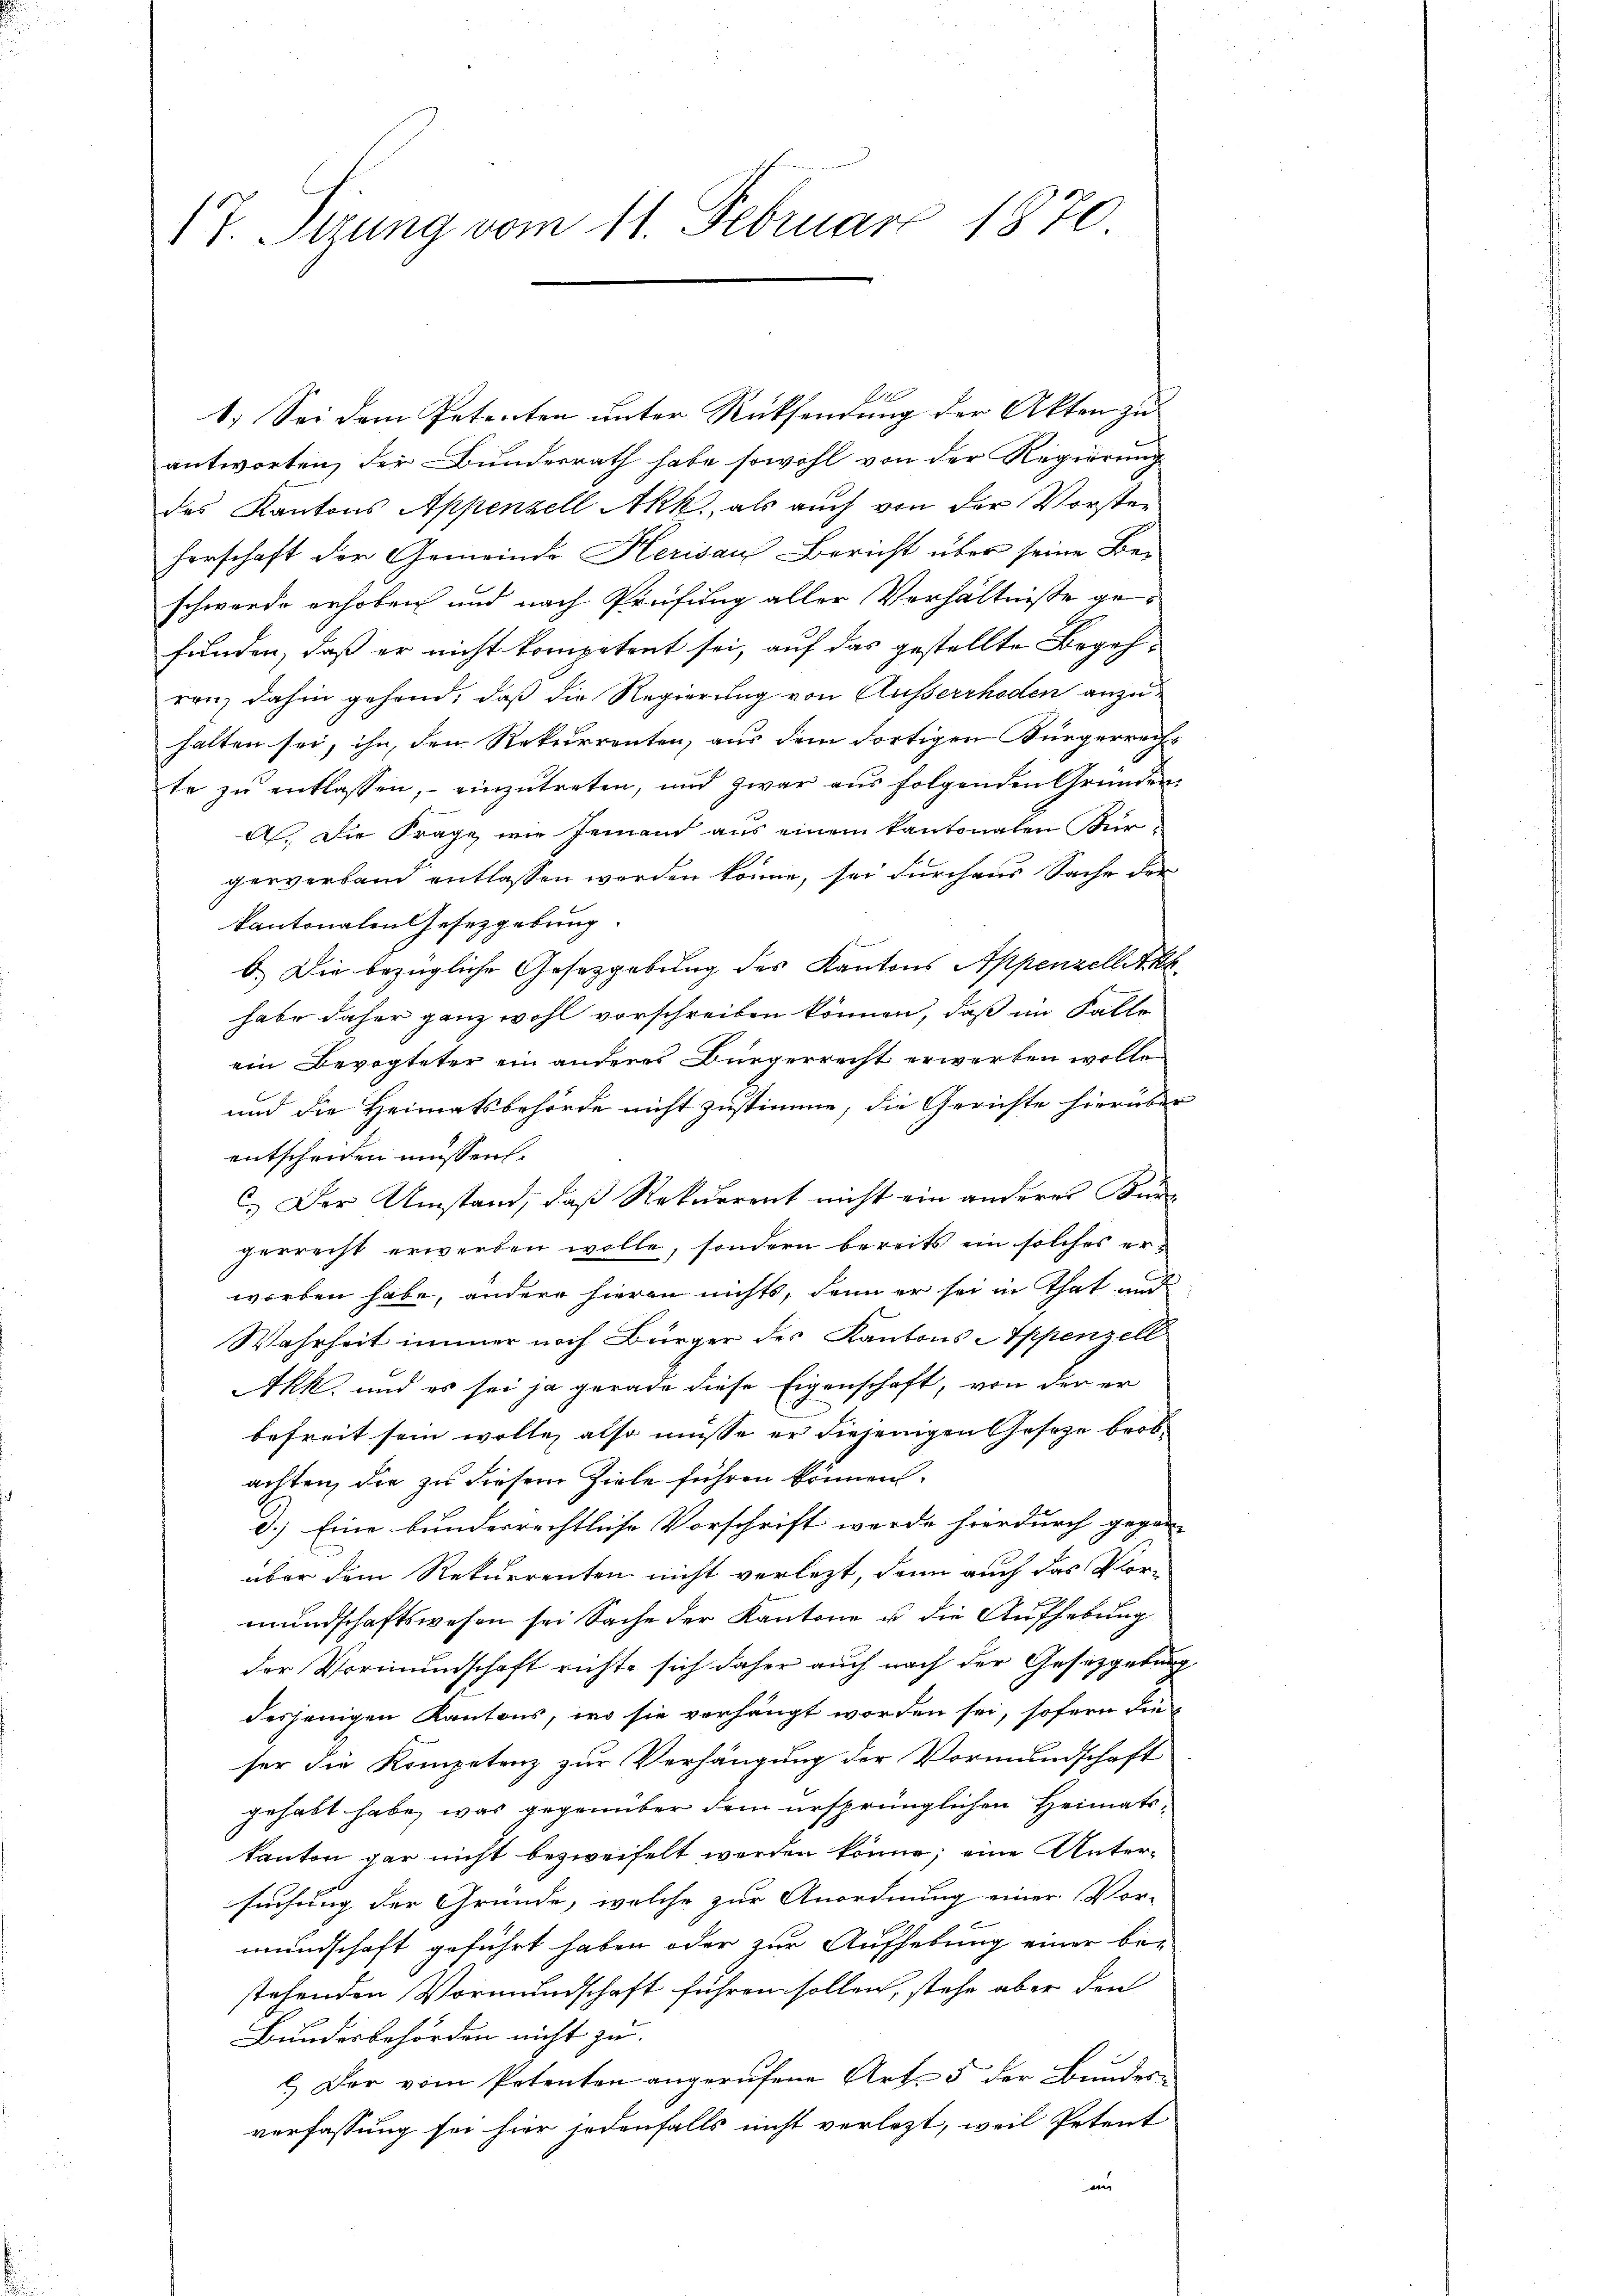
17. Sizung vom 11. Februar 1870

1.) Sei dem Petenten unter Rücksendung der Akten zu
antworten, der Bundesrath habe sowohl von der Regierung
des Kantons Appenzell Akk., als auch von der Vorster
herschaft der Gemeinde Herisau Bericht über seine Be-
schwerde erhoben und nach Prüfung aller Verhältnisse gefunden, daß er nicht kompetent sei, auf das gestellte Begehren, dahin gehend, daß die Regierung von Ausserrhoden anzuhalten sei, ihn, den Rekurrenten, aus dem dortigen Bürgerrecht
te zu entlassen, einzutreten, und zwar aus folgenden Gründen
A. Die Frage wie Jemand aus einem kantonalen Kurgerverband entlassen werden könne, sei durchaus Sache der
kantonalen Gesetzgebung.
b.) Die bezügliche Gesetzgebung des Kantons Appenzelletkh
habe daher ganz wohl vorschreiben können, daß im Falle
ein Bevogteter ein anderes Bürgerrecht erworben wolle
und die Heimatsbehörde nicht zustimme, die Gerichte hierüber
entscheiden müssen.
C.) Der Umstand, daß Rekurrent nicht ein anderes Bund
gerrecht erwerben wolle, sondern bereits ein solches erworben habe, andere hieran nichts, denn er sei in That und
Wahrheit immer noch Bürger des Kantons Appenzell
Akk, und es sei ja gerade diese Eigenschaft, von der er
befreit sein wolle, also müsse er diejenigen Gesetze beobachten, die zu diesem Ziele führen können.
e.) Eine bunderrechtliche Vorschrift werde hierdurch gegen-
über dem Rekurrenten nicht verletzt, dann auch das Vor-
mundschaftswesen sei Sache der Kantone u. die Aufhebung
der Vormundschaft richte sich daher auch nach der Gesetzgebung
desjenigen Kantons, wo sie verhängt worden sei, sofern die
ser die Kompetenz zur Verhängung der Vormundschaft
gehabt habe, was gegenüber dem ursprünglichen Heimatskanton gar nicht bezweifelt werden könne; eine Untersuchung der Gründe, welche zur Anordnung einer Vor-
mundschaft geführt haben oder zur Aufhebung einer be-
stehenden Vormundschaft führen sollen, stehe aber den
Bundesbehörden nicht zu.
1.) Der vom Petenten angerufene Art. 5 der Bundesverfassung sei hier jedenfalls nicht verletzt, weil Petent
e